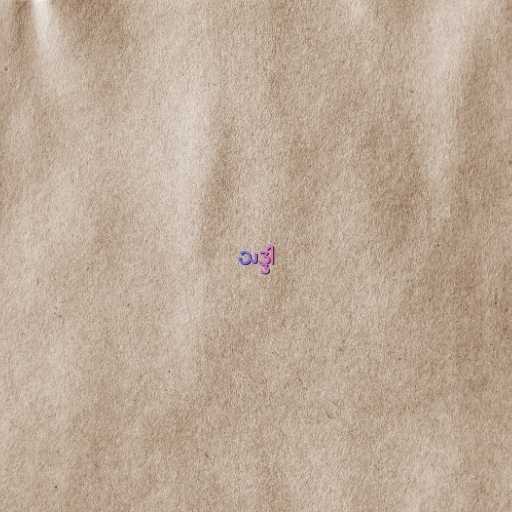
သဒ္ဒါ